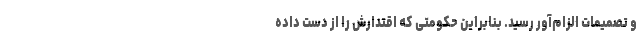
و تصمیمات الزام‌آور رسید. بنابراین حکومتی که اقتدارش را از دست داده